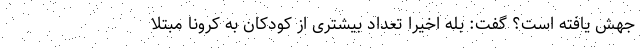
جهش یافته است؟ گفت: بله اخیرا تعداد بیشتری از کودکان به کرونا مبتلا